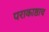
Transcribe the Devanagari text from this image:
पराकाष्ठाच